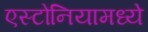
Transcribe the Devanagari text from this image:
एस्टोनियामध्ये